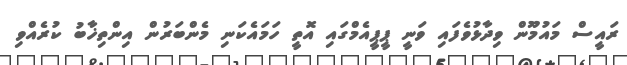
ރައީސް މައުމޫން ވިދާޅުވެފައި ވަނީ ޕީޕީއެމްގައި އޮތީ ހަމައެކަނި މެންބަރުން އިންތިޚާބު ކުރެއްވި